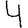
Digit: 4